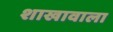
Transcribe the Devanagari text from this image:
शाखावाला